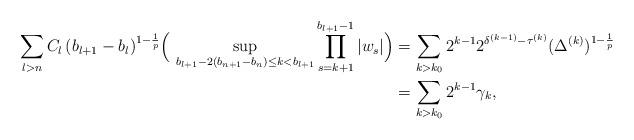
LaTeX: \begin{align*}\sum_{l>n}C_{l}\,(b_{l+1}-b_{l})^{1-\frac1{p}}\Bigl(\ \sup_{b_{l+1}-2(b_{n+1}-b_n)\le k<b_{l+1}}\prod_{s=k+1}^{b_{l+1}-1}|w_s|\Bigr)&=\sum_{k>k_0}2^{k-1}2^{\delta^{(k-1)}-\tau^{(k)}} (\Delta^{(k)})^{1-\frac1{p}}\\&=\sum_{k>k_0} 2^{k-1} \gamma_k,\end{align*}